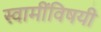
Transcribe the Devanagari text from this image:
स्वामींविषयी